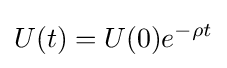
U(t)=U(0)e^{-\rho t}